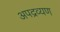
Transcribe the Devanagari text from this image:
अपद्रव्यण